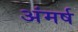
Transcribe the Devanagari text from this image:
अंमर्ष